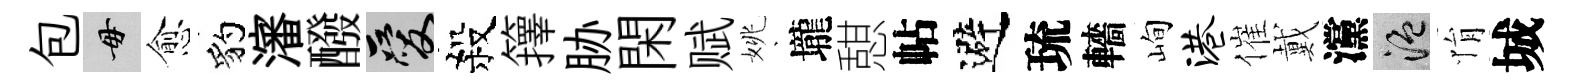
包毋愈豹瀋醱爱殺籜胁閑赋姚壠憇帖避琉轖峋港催戴灙温悁城